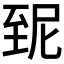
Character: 𦤽